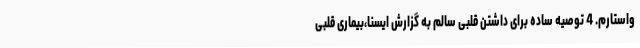
واستارم. 4 توصیه ساده برای داشتن قلبی سالم به گزارش ایسنا،بیماری قلبی